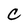
Character: C